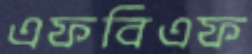
এফবিএফ